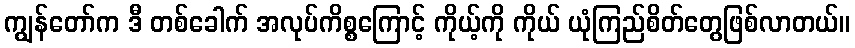
ကျွန်တော်က ဒီ တစ်ခေါက် အလုပ်ကိစ္စကြောင့် ကိုယ့်ကို ကိုယ် ယုံကြည်စိတ်တွေဖြစ်လာတယ်။